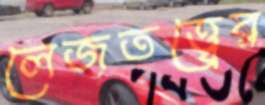
লেজতত্ত্বের